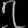
Digit: ၇